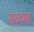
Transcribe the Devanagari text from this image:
सनच्या